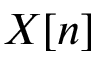
X [ n ]